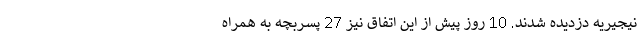
نیجیریه دزدیده شدند. 10 روز پیش از این اتفاق نیز 27 پسربچه به همراه